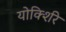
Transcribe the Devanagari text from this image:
योर्क्शिरे